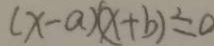
( x - a ) ( x + b ) \leq 0